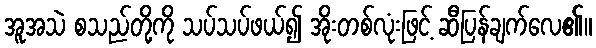
အူအသဲ စသည်တို့ကို သပ်သပ်ဖယ်၍ အိုးတစ်လုံးဖြင့် ဆီပြန်ချက်လေ၏။